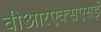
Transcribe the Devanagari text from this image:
वीआरएक्सएसई